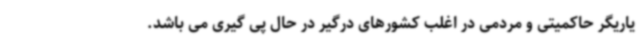
یاریگر حاکمیتی و مردمی در اغلب کشورهای درگیر در حال پی گیری می باشد.